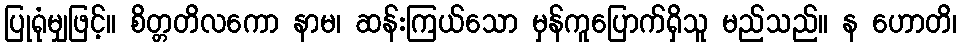
ပြုရုံမျှဖြင့်။ စိတ္တတိလကော နာမ၊ ဆန်းကြယ်သော မှန်ကူပြောက်ရှိသူ မည်သည်။ န ဟောတိ၊